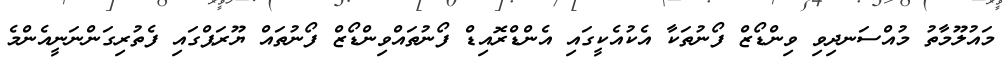
މައުލޫމާތު މުއްސަނދިވި ވިންޑޯޒް ފޯނުތަކާ އެކުއެކީގައި އެންޑްރޮއިޑް ފޯނުތައްވިންޑޯޒް ފޯނުތައް ޔޫރަޕްގައި ފެތުރިގަންނަނީއެންމެ